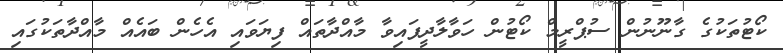
ކޯޓުތަކުގެ ގާނޫނުން ސުޕްރީމް ކޯޓުން ހަވާލާދީފައިވާ މާއްދާތައް ފިޔަވައި އެހެން ބައެއް މާއްދާތަކުގައި